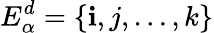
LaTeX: E_{\alpha}^{d}=\{ \mathbf{i},j,\dots,k\}